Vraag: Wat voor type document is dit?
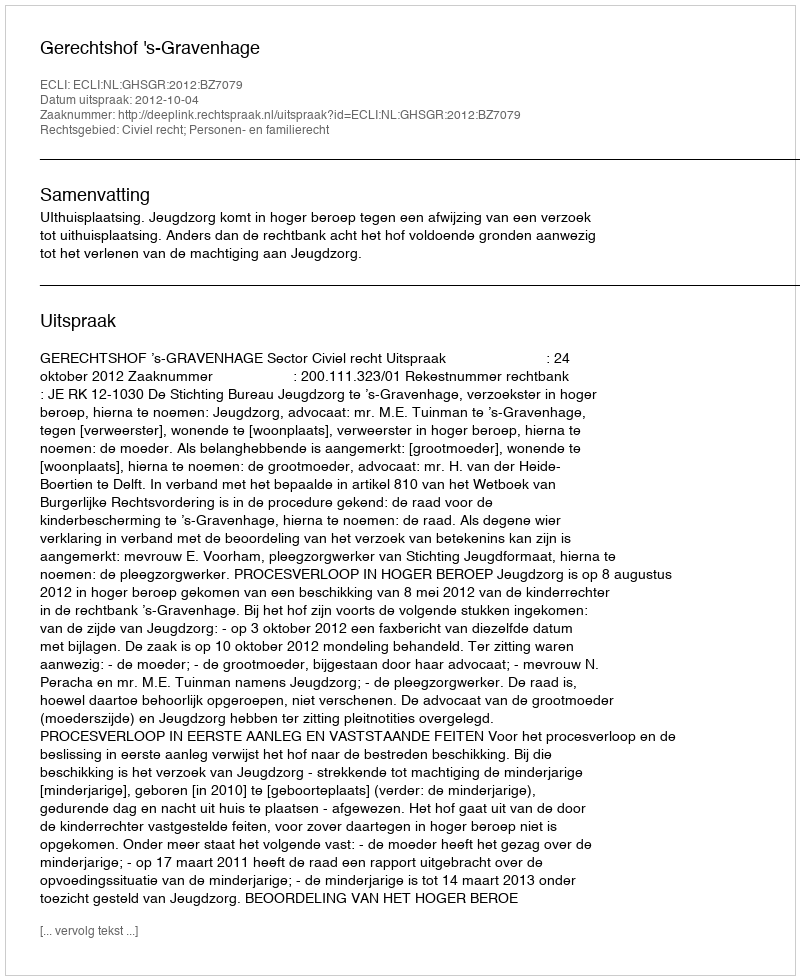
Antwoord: Uitspraak